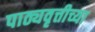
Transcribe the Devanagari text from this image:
पाठ्यवृत्तीच्या